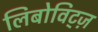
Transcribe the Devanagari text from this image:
लिबोविट्ज़